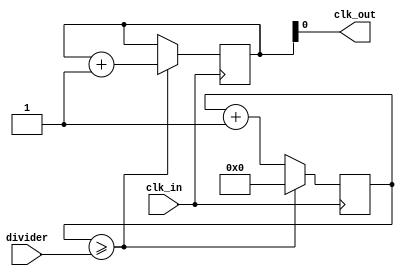
module FloatingPointClockDivider (
    input wire clk_in,
    input wire [31:0] divider,
    output reg clk_out
);

reg [31:0] count;
reg [31:0] div_counter;

always @(posedge clk_in) begin
    div_counter <= div_counter + 32'h1;
    if (div_counter >= divider) begin
        div_counter <= 0;
        count <= count + 32'h1;
    end
end

assign clk_out = count[0];

endmodule